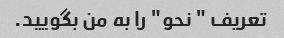
تعریف " نحو" را به من بگویید.